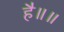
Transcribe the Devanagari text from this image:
है॥॥